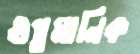
গুপ্তমানিক